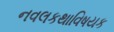
નવલકથાવિષયક